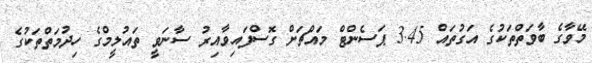
މޭވާގެ ބާވަތްތަކުގެ އަގުތައް 3.45 ޕަސެންޓް މައްޗަށް ގޮސްފައިވާއިރު ސާނަވީ ތައުލީމްގެ ހިދުމަތްތަކުގެ